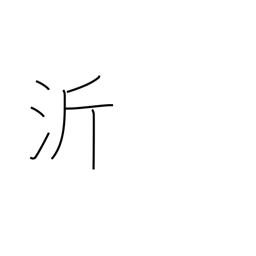
Meaning: name of a Chinese river